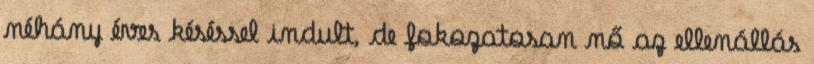
néhány éves késéssel indult, de fokozatosan nő az ellenállás